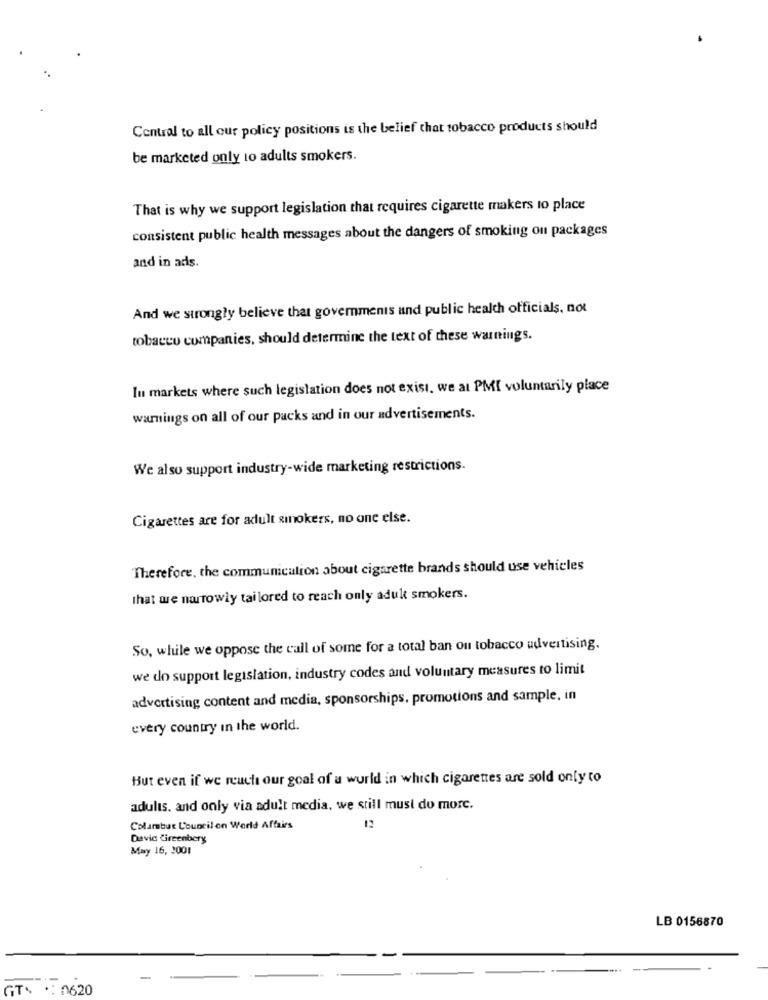
Central to all our policy positions is the belief that tobacco products should
be marketed only to adults smokers.
That is why we support legislation that requires cigarette makers to place
consistent public health messages about the dangers of smoking on packages
and in ads.
And we strongly believe that governments and public health officials, not
tobacco companies, should determine the text of these warnings.
In markets where such legislation does not exist, we at PMI voluntarily place
warnings on all of our packs and in our advertisements.
We also support industry-wide marketing restrictions.
Cigarettes are for adult smokers, no one else.
Therefore, the communication about cigarette brands should use vehicles
that we narrowly tailored to reach only aduk smokers.
So, while we oppose the call of some for a total ban on tobacco advertising.
we do support legislation, industry codes and voluntary measures to limit
advertising content and media, sponsorships, promotions and sample, in
every country in the world.
But even if we reuch our goal of a world in which cigarettes are sold only to
adults. and only via adult media, we still must do morc.
Columbus Council on World Affairs
12
Davic Cireenberg
May 16, 2001
LB 0156870
-
-
GT- *: 0620